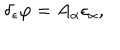
LaTeX: \delta _ { \epsilon } \varphi = A _ { \alpha } \epsilon _ { \alpha } ,